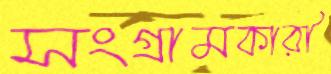
সংগ্রামকারী